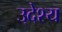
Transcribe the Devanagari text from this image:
उ्देश्य